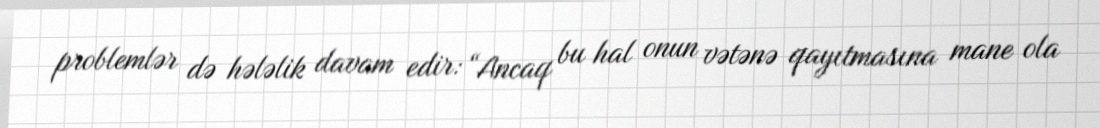
problemlər də hələlik davam edir: “Ancaq bu hal onun vətənə qayıtmasına mane ola